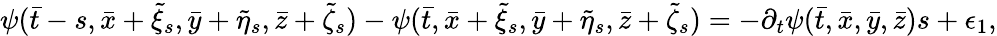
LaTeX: \psi(\bar{t}-s,\bar{x}+\tilde{\xi}_{s},\bar{y}+\tilde{\eta}_{s},\bar{z}+\tilde{\zeta}_{s})-\psi(\bar{t},\bar{x}+\tilde{\xi}_{s},\bar{y}+\tilde{\eta}_{s},\bar{z}+\tilde{\zeta}_{s})=-\partial_{t}\psi(\bar{t},\bar{x},\bar{y},\bar{z})s+\epsilon_{1},